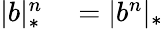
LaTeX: \begin{array}{rl}{|b|_{*}^{n}}&{{}=|b^{n}|_{*}}\end{array}